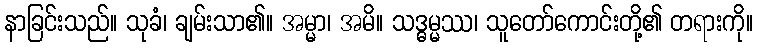
နာခြင်းသည်။ သုခံ၊ ချမ်းသာ၏။ အမ္မာ၊ အမိ။ သဒ္ဓမ္မဿ၊ သူတော်ကောင်းတို့၏ တရားကို။